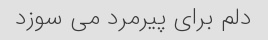
دلم برای پیرمرد می سوزد